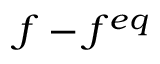
f - f ^ { e q }